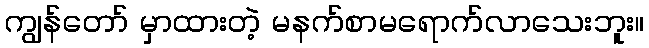
ကျွန်တော် မှာထားတဲ့ မနက်စာမရောက်လာသေးဘူး။